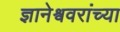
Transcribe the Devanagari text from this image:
ज्ञानेश्ववरांच्या